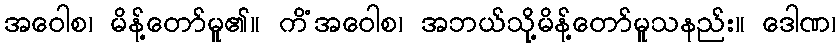
အဝေါစ၊ မိန့်တော်မူ၏။ ကိံအဝေါစ၊ အဘယ်သို့မိန့်တော်မူသနည်း။ ဒေါဏ၊